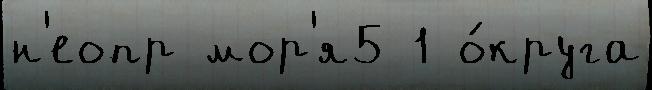
н'еопр мор'я5 1 о́круга